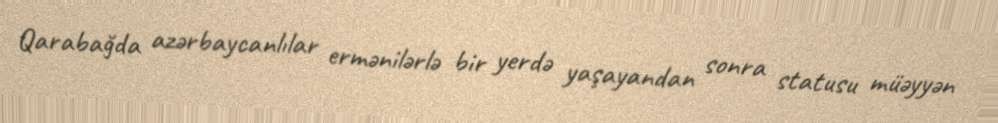
Qarabağda azərbaycanlılar ermənilərlə bir yerdə yaşayandan sonra statusu müəyyən